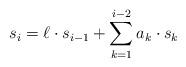
LaTeX: \begin{align*}s_i=\ell\cdot s_{i-1}+ \sum_{k=1}^{i-2}a_k\cdot s_k\end{align*}